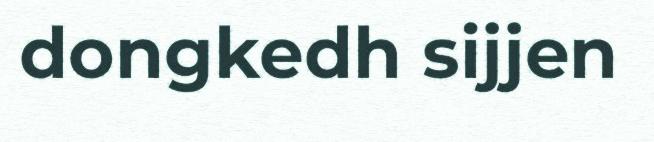
dongkedh sijjen